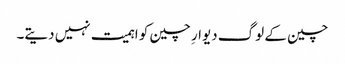
چین کے لوگ دیوارِ چین کو اہمیت نہیں دیتے۔